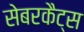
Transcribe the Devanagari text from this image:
सेबरकैट्स